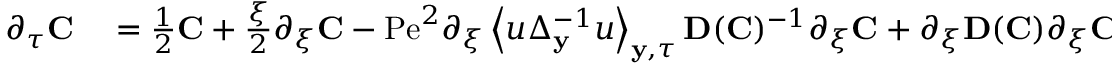
\begin{array} { r l } { \partial _ { \tau } \mathbf { C } } & { { } = \frac { 1 } { 2 } \mathbf { C } + \frac { \xi } { 2 } \partial _ { \xi } \mathbf { C } - \mathrm { P e } ^ { 2 } \partial _ { \xi } \left\langle u \Delta _ { \mathbf { y } } ^ { - 1 } u \right\rangle _ { \mathbf { y } , \tau } \mathbf { D } ( \mathbf { C } ) ^ { - 1 } \partial _ { \xi } \mathbf { C } + \partial _ { \xi } \mathbf { D } ( \mathbf { C } ) \partial _ { \xi } \mathbf { C } , } \end{array}